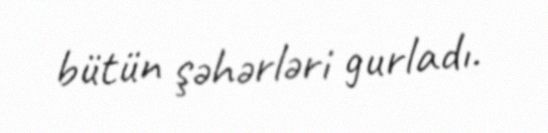
bütün şəhərləri gurladı.